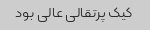
کیک پرتقالی عالی بود